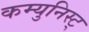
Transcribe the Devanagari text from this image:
कम्युनिस्ट्